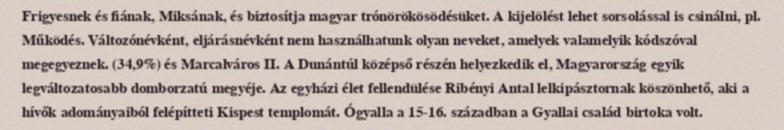
Frigyesnek és fiának, Miksának, és biztosítja magyar trónörökösödésüket. A kijelölést lehet sorsolással is csinálni, pl. Működés. Változónévként, eljárásnévként nem használhatunk olyan neveket, amelyek valamelyik kódszóval megegyeznek. (34,9%) és Marcalváros II. A Dunántúl középső részén helyezkedik el, Magyarország egyik legváltozatosabb domborzatú megyéje. Az egyházi élet fellendülése Ribényi Antal lelkipásztornak köszönhető, aki a hívők adományaiból felépítteti Kispest templomát. Ógyalla a 15-16. században a Gyallai család birtoka volt.